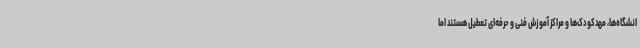
انشگاه‌ها، مهدکودک‌ها و مراکز آموزش فنی و حرفه‌ای تعطیل هستند اما